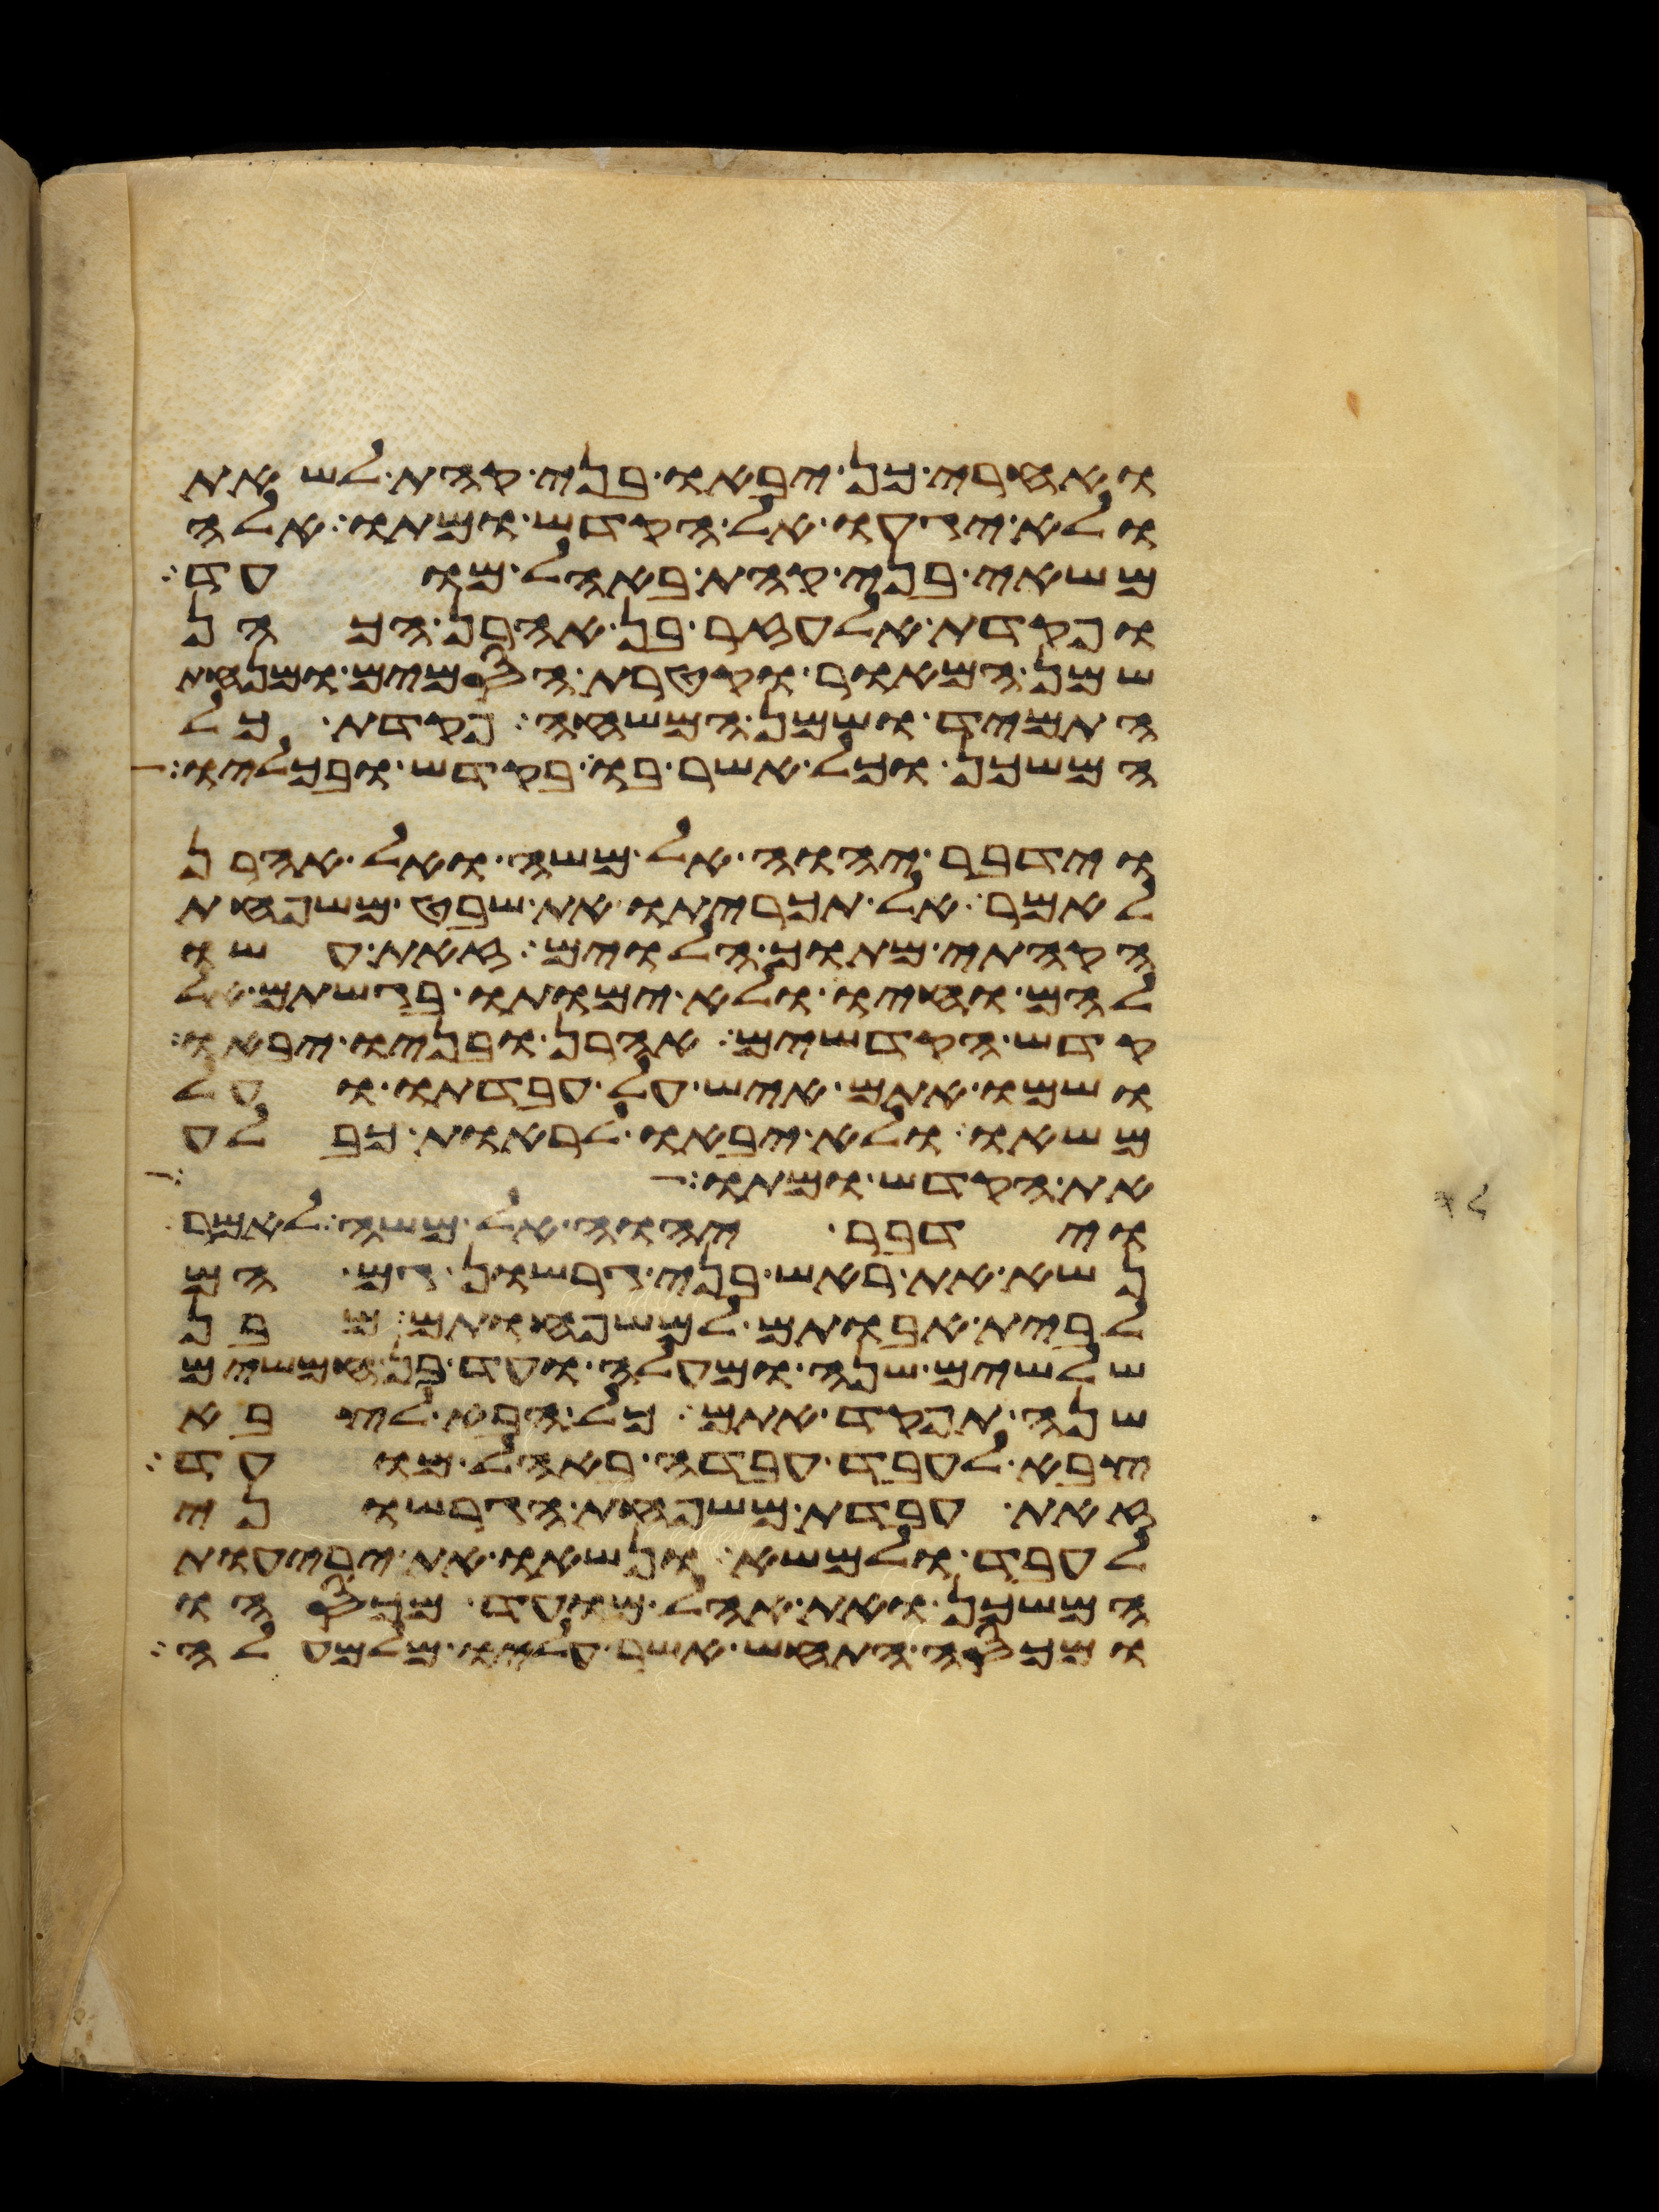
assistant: ואחרי כן יבאו בני קהת לשאת
ולא יגעו אל הקדש ומתו אלה
משאי בני קהת באהל מועד
ופקדת אלעזר בן אהרן הכהן
שמן המאור וקטרת הסמים ומנחת
התמיד ושמן המשחה פקדת כל
המשכן וכל אשר בו בקדש ובכליו
וידבר יהוה אל משה ואל אהרן
לאמר אל תכריתו את שבט משפחת
הקהתי מתוך הלוים זאת עשו
להם וחיו ולא ימותו בגשתם אל
קדש הקדשים אהרן ובניו יבאו
ושמו אתם איש על עבדתו ועל
משאו ולא יבאו לראות כבלע
את הקדש ומתו
וידבר יהוה אל משה לאמר
נשא את ראש בני גרשון גם הם
לבית אבותם למשפחותם מבן
שלשים שנה ומעלה ועד בן חמשים
שנה תפקד אתם כל הבא לצבא
צבא לעבד עבדה באהל מועד
זאת עבדת משפחת הגרשוני
לעבד ולמשא ונשאו את יריעות
המשכן ואת אהל מועד מכסהו
ומכסה התחש אשר עליו מלמעלה